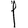
Digit: 1